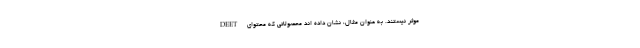
موثر نیستند. به عنوان مثال، نشان داده اند محصولاتی که محتوای DEET